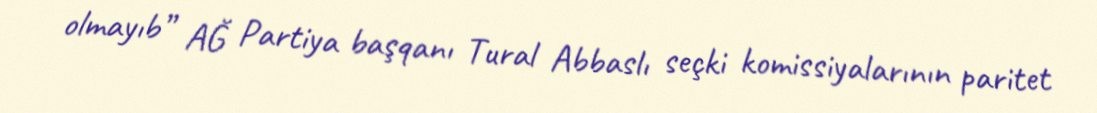
olmayıb” AĞ Partiya başqanı Tural Abbaslı seçki komissiyalarının paritet